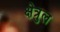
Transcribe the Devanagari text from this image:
क्षेत्रुल